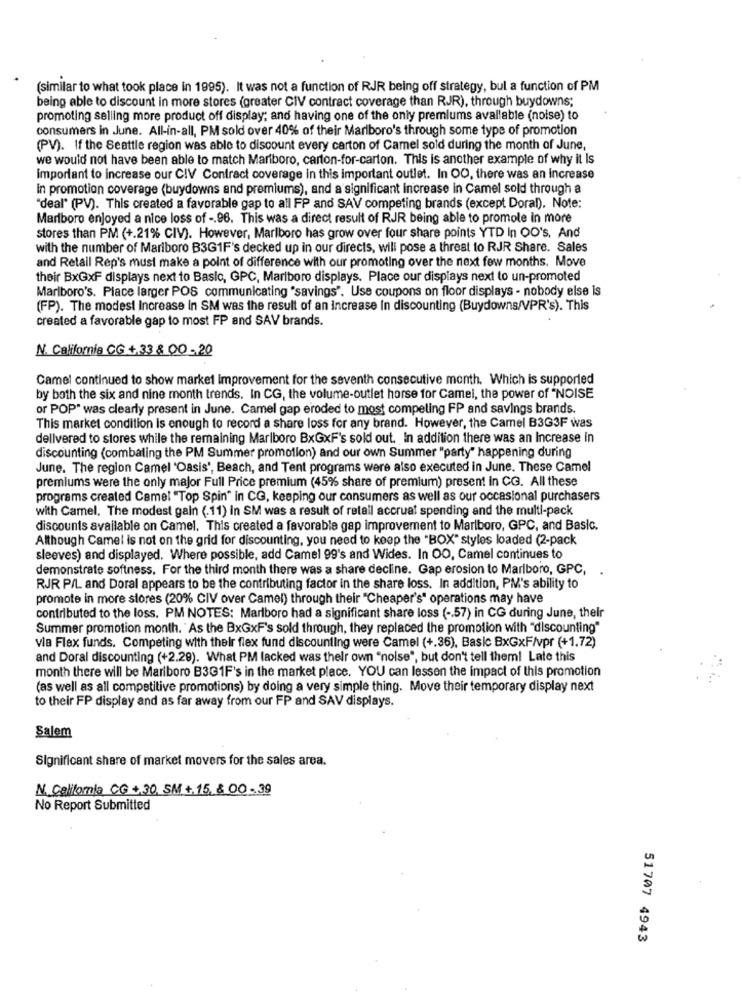
(similar to what took place in 1995). It was not a function of RJR being off strategy, bul a function of PM
being able to discount in more stores (greater CIV contract coverage than RJR), through buydowns;
promoting selling more product off display; and having one of the only premiums available (noise) to
consumers in June. All-in-all, PM sold over 40% of their Marlboro's through some type of promotion
(PV). If the Seattle region was able to discount every carton of Camel sold during the month of June,
we would not have been able to match Mariboro, carton-for-carton. This is another example of why it Is
Important to increase our CIV Contract coverage in this important outlet. In OO, there was an increase
In promotion coverage (buydowns and premiums), and a significant increase in Camel sold through a
"deal" (PV). This created a favorable gap to all FP and SAV competing brands (except Doral). Note:
Marlboro enjoyed a nice loss of -. 96. This was a direct result of RJR being able to promote in more
stores than PM (+.21% CIV). However, Marlboro has grow over four share points YTD In OO's. And
with the number of Mariboro B3G1F's decked up in our directs, will pose a threat to RJR Share. Sales
and Retail Rep's must make a point of difference with our promoting over the next few months. Move
their BxGXF displays next to Basic, GPC, Marlboro displays. Place our displays next to un-promoted
Marlboro's. Place larger POS communicating "savings". Use coupons on floor displays - nobody else is
(FP). The modest Increase in SM was the result of an increase In discounting (Buydowns/VPR's). This
created a favorable gap to most FP and SAV brands.
N. California CG + 33 & 00 -20
Camel continued to show market improvement for the seventh consecutive month. Which is supported
by both the six and nine month trends. In CG, the volume-outlet horse for Camel, the power of "NOISE
or POP" was clearly present in June. Camel gap eroded to most competing FP and savings brands.
This market condition is enough to record a share loss for any brand. However, the Camel B3G3F was
delivered to stores while the remaining Marlboro BxGxF's sold out. In addition there was an Increase in
discounting (combating the PM Summer promotion) and our own Summer "party" happening during
June. The region Camel 'Oasis', Beach, and Tent programs were also executed in June. These Camel
premiums were the only major Full Price premium (45% share of premium) present in CG. All these
programs created Camel "Top Spin" in CG, keeping our consumers as well as our occasional purchasers
with Camel, The modest gain (.11) in SM was a result of retail accrual spending and the multi-pack
discounts available on Camel. This created a favorable gap improvement to Marlboro, GPC, and Basic.
Although Camel is not on the grid for discounting, you need to keep the "BOX" styles loaded (2-pack
sleeves) and displayed. Where possible, add Camel 99's and Wides. In OO, Camel continues to
demonstrate softness. For the third month there was a share decline. Gap erosion to Marlboro, GPC,
RJR P/L and Doral appears to be the contributing factor in the share loss. In addition, PM's ability to
promote in more stores (20% CIV over Camel) through their "Cheaper's" operations may have
contributed to the loss. PM NOTES: Marlboro had a significant share loss ( -. 57) in CG during June, their
Summer promotion month. As the BxGxF's sold through, they replaced the promotion with "discounting"
via Flex funds. Competing with their flex fund discounting were Camel (+.36), Basic BxGxF/vpr (+1.72)
and Doral discounting (+2.29). What PM lacked was their own "noise", but don't tell them! Late this
month there will be Marlboro B3G1F's in the market place. YOU can lessen the impact of this promotion
(as well as all competitive promotions) by doing a very simple thing. Move their temporary display next
to their FP display and as far away from our FP and SAV displays.
Salem
Significant share of market movers for the sales area.
N. California CG + 30, SM +.15, & 00-39
No Report Submitted
51707 4943